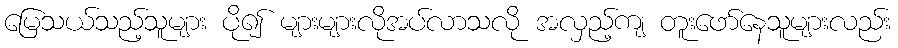
မြေသယ်သည့်သူများ ပို၍ များများလိုအပ်လာသလို အလှည့်ကျ တူးဖော်နေသူများလည်း